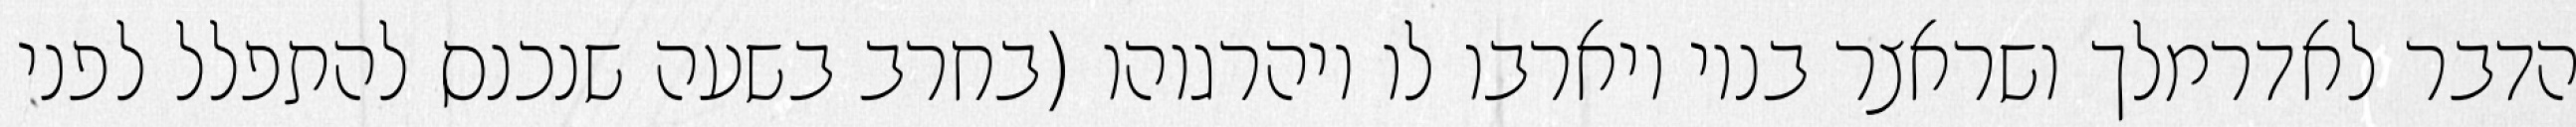
הדבר לאדרמלך ושראצר בניו ויארבו לו ויהרגוהו (בחרב בשעה שנכנס להתפלל לפני